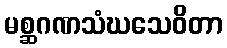
မစ္ဆဂဏသံဃသေဝိတာ